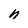
Character: n